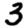
Digit: 3